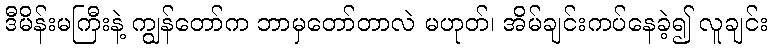
ဒီမိန်းမကြီးနဲ့ ကျွန်တော်က ဘာမှတော်တာလဲ မဟုတ်၊ အိမ်ချင်းကပ်နေခဲ့၍ လူချင်း